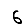
Digit: 6